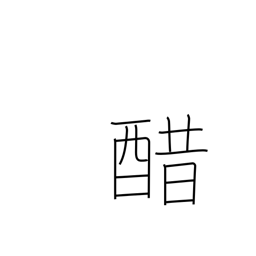
Meaning: vinegar